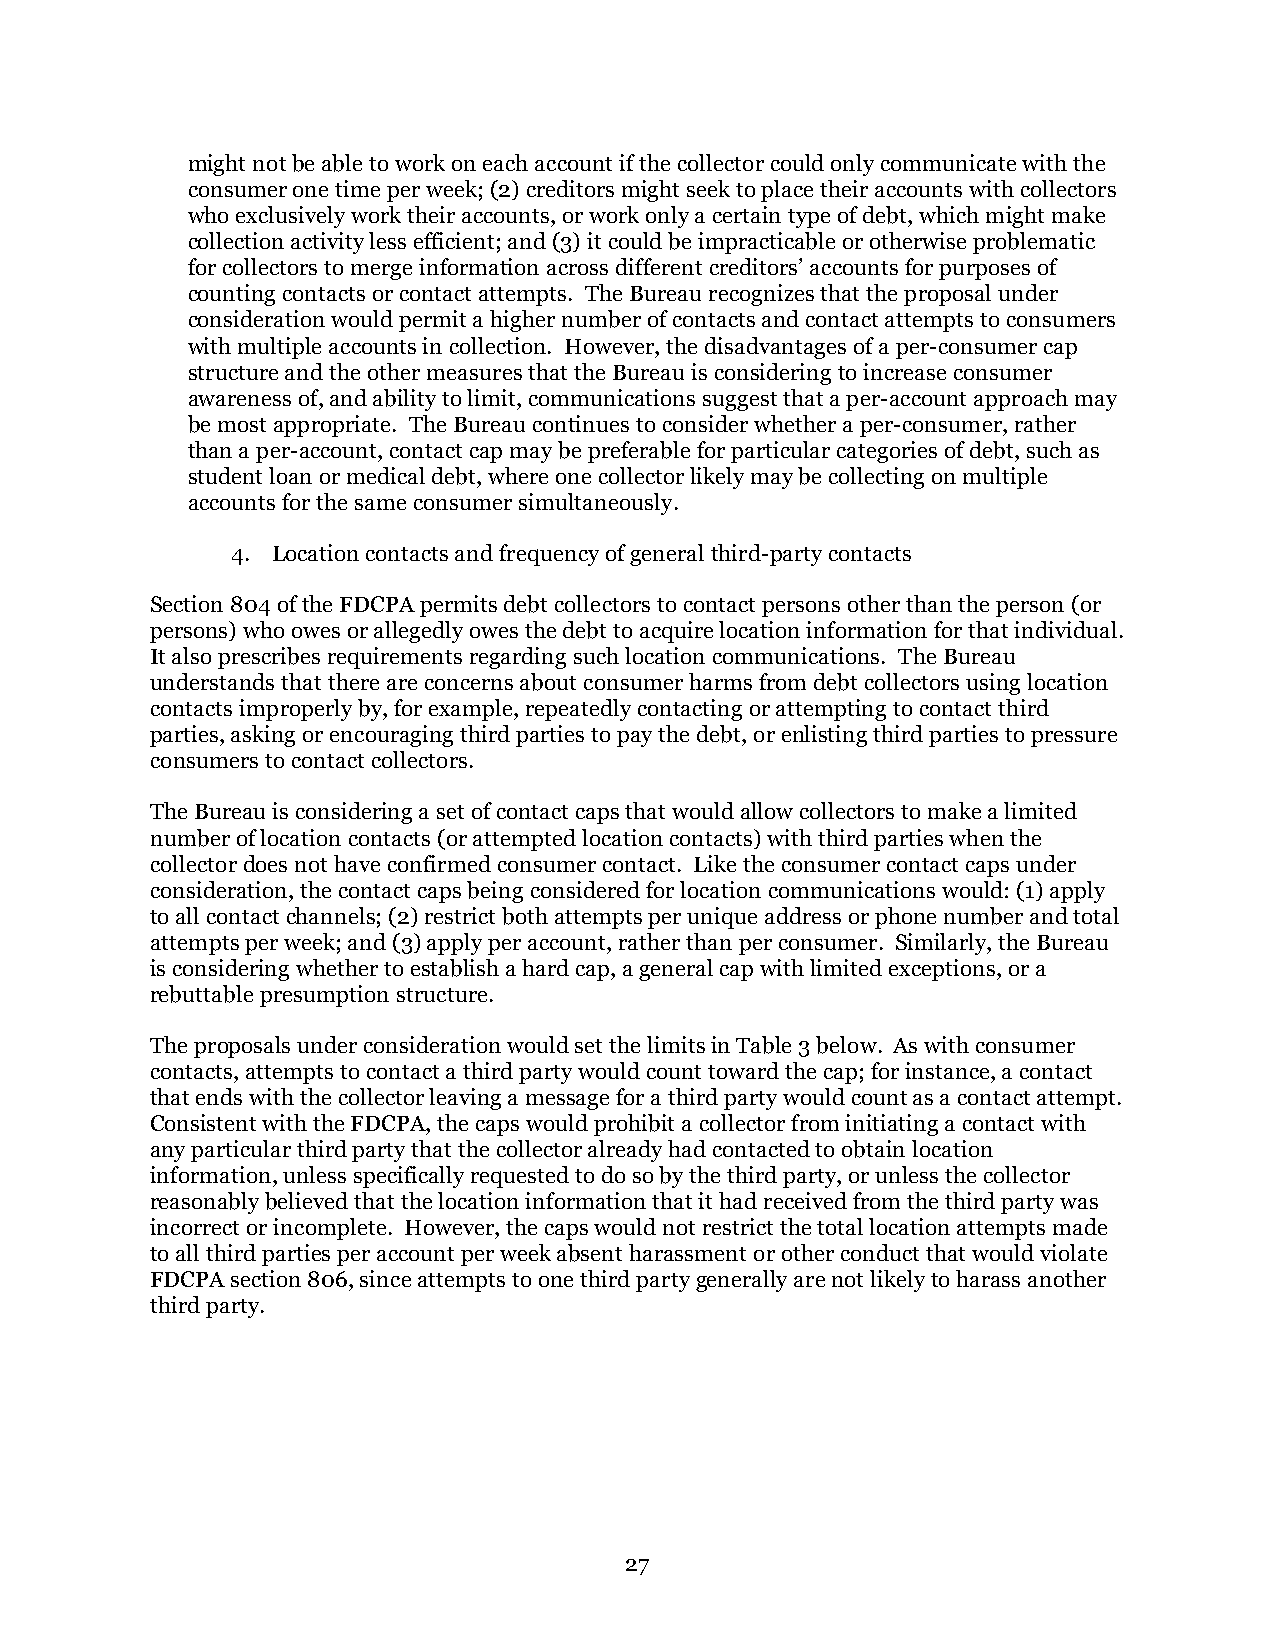
might not be able to work on each account if the collector could only communicate with the
 consumer one time per week; (2) creditors might seek to place their accounts with collectors
 who exclusively work their accounts, or work only a certain type of debt, which might make
 collection activity less efficient; and (3) it could be impracticable or otherwise problematic
 for collectors to merge information across different creditors’ accounts for purposes of
 counting contacts or contact attempts. The Bureau recognizes that the proposal under
 consideration would permit a higher number of contacts and contact attempts to consumers
 with multiple accounts in collection. However, the disadvantages of a per-consumer cap
 structure and the other measures that the Bureau is considering to increase consumer
 awareness of, and ability to limit, communications suggest that a per-account approach may
 be most appropriate. The Bureau continues to consider whether a per-consumer, rather
 than a per-account, contact cap may be preferable for particular categories of debt, such as
 student loan or medical debt, where one collector likely may be collecting on multiple
 accounts for the same consumer simultaneously.
 4. Location contacts and frequency of general third-party contacts
 Section 804 of the FDCPA permits debt collectors to contact persons other than the person (or
 persons) who owes or allegedly owes the debt to acquire location information for that individual.
 It also prescribes requirements regarding such location communications. The Bureau
 understands that there are concerns about consumer harms from debt collectors using location
 contacts improperly by, for example, repeatedly contacting or attempting to contact third
 parties, asking or encouraging third parties to pay the debt, or enlisting third parties to pressure
 consumers to contact collectors.
 The Bureau is considering a set of contact caps that would allow collectors to make a limited
 number of location contacts (or attempted location contacts) with third parties when the
 collector does not have confirmed consumer contact. Like the consumer contact caps under
 consideration, the contact caps being considered for location communications would: (1) apply
 to all contact channels; (2) restrict both attempts per unique address or phone number and total
 attempts per week; and (3) apply per account, rather than per consumer. Similarly, the Bureau
 is considering whether to establish a hard cap, a general cap with limited exceptions, or a
 rebuttable presumption structure.
 The proposals under consideration would set the limits in Table 3 below. As with consumer
 contacts, attempts to contact a third party would count toward the cap; for instance, a contact
 that ends with the collector leaving a message for a third party would count as a contact attempt.
 Consistent with the FDCPA, the caps would prohibit a collector from initiating a contact with
 any particular third party that the collector already had contacted to obtain location
 information, unless specifically requested to do so by the third party, or unless the collector
 reasonably believed that the location information that it had received from the third party was
 incorrect or incomplete. However, the caps would not restrict the total location attempts made
 to all third parties per account per week absent harassment or other conduct that would violate
 FDCPA section 806, since attempts to one third party generally are not likely to harass another
 third party.
 27